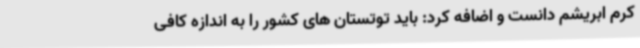
کرم ابریشم دانست و اضافه کرد: باید توتستان های کشور را به اندازه کافی